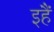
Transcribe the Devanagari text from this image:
इहैं